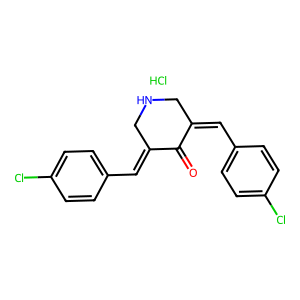
SMILES: Cl.O=C1C(=Cc2ccc(Cl)cc2)CNCC1=Cc1ccc(Cl)cc1
Inhibits HIV replication: No